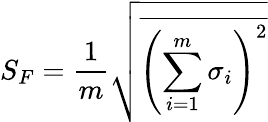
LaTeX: S_{F}=\frac{1}{m}\sqrt{\overline{{{\left(\sum_{i=1}^{m}\sigma_{i}\right)}^{2}}}}